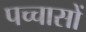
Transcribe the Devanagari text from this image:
पच्चासों